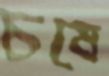
চষে